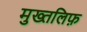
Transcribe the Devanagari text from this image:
मुख्तलिफ़